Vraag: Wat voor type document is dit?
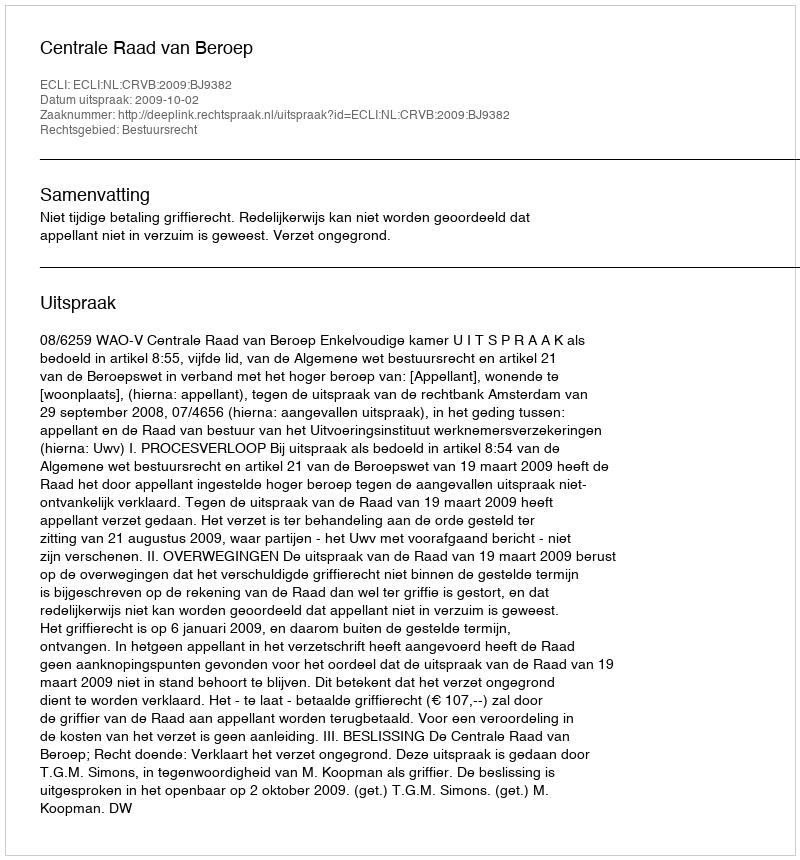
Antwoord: Uitspraak